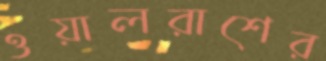
ওয়ালরাশের